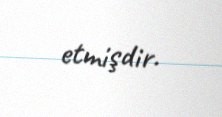
etmişdir.